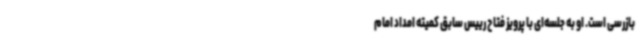
بازرسی است. او به جلسه‌ای با پرویز فتاح رییس سابق کمیته امداد امام